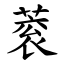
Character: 蓘